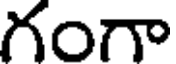
గంగా